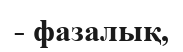
- фазалық,